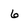
Character: 6